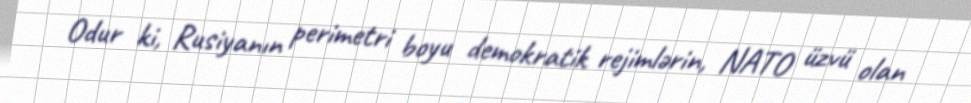
Odur ki, Rusiyanın perimetri boyu demokratik rejimlərin, NATO üzvü olan